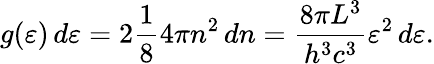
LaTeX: g(\varepsilon)\, d\varepsilon=2{\frac{1}{8}}4\pi n^{2}\, dn={\frac{8\pi L^{3}}{h^{3}c^{3}}}\varepsilon^{2}\, d\varepsilon.